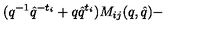
( q ^ { - 1 } \hat { q } ^ { - t _ { i } } + q \hat { q } ^ { t _ { i } } ) M _ { i j } ( q , \hat { q } ) -